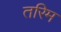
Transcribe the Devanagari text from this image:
तरिम